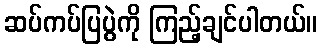
ဆပ်ကပ်ပြပွဲကို ကြည့်ချင်ပါတယ်။